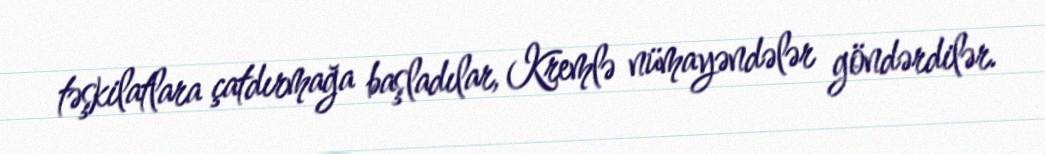
təşkilatlara çatdırmağa başladılar, Kremlə nümayəndələr göndərdilər.